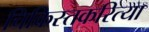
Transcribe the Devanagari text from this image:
चिकिस्तकरित्या